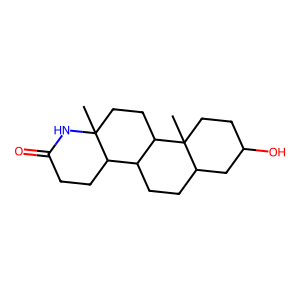
SMILES: CC12CCC3C(CCC4CC(O)CCC43C)C1CCC(=O)N2
Inhibits HIV replication: No